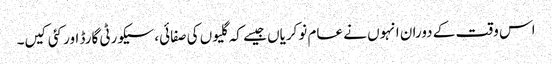
اس وقت کے دوران انہوں نے عام نوکریاں جیسے کہ گلیوں کی صفائی، سیکورٹی گارڈ اور کئی کیں۔